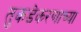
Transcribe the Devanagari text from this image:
तुकडेकरणाच्या